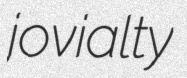
jovialty